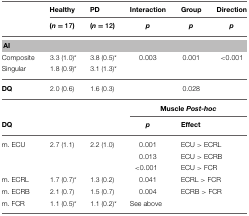
|  | Healthy | PD | Interaction | Group | Direction |
 |  | (n = 17) | (n = 12) | p | p | p |
 | --- | --- | --- | --- | --- | --- |
 | <COLSPAN=6> AI |
 | Composite | 3.3 (1.0)* | 3.8 (0.5)* | 0.003 | 0.001 | <0.001 |
 | Singular | 1.8 (0.9)* | 3.1 (1.3)* |  |  |  |
 | DQ | 2.0 (0.6) | 1.6 (0.3) |  | 0.028 |  |
 |  |  |  | <COLSPAN=3> Muscle Post-hoc |
 | DQ |  |  | p | <COLSPAN=2> Effect |
 | m. ECU | 2.7 (1.1) | 2.2 (1.0) | 0.001 | <COLSPAN=2> ECU > ECRL |
 |  |  |  | 0.013 | <COLSPAN=2> ECU > ECRB |
 |  |  |  | <0.001 | <COLSPAN=2> ECU > FCR |
 | m. ECRL | 1.7 (0.7)* | 1.3 (0.2) | 0.041 | <COLSPAN=2> ECRL > FCR |
 | m. ECRB | 2.1 (0.7) | 1.5 (0.7) | 0.004 | <COLSPAN=2> ECRB > FCR |
 | m. FCR | 1.1 (0.5)* | 1.1 (0.2)* | See above |  |  |